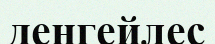
деңгейлес